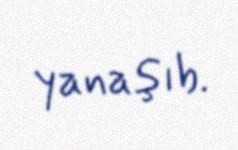
yanaşıb.